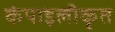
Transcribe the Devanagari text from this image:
कंपाइलीकृत